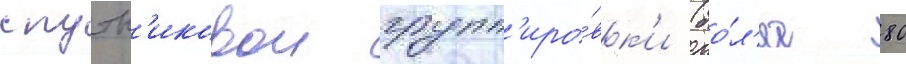
спутн'иковои групп'иро́вк'и (бо́л'ее 80